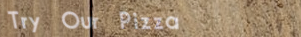
Try Our Pizza